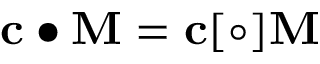
\mathbf { c } \bullet \mathbf { M } = \mathbf { c } [ \circ ] \mathbf { M }